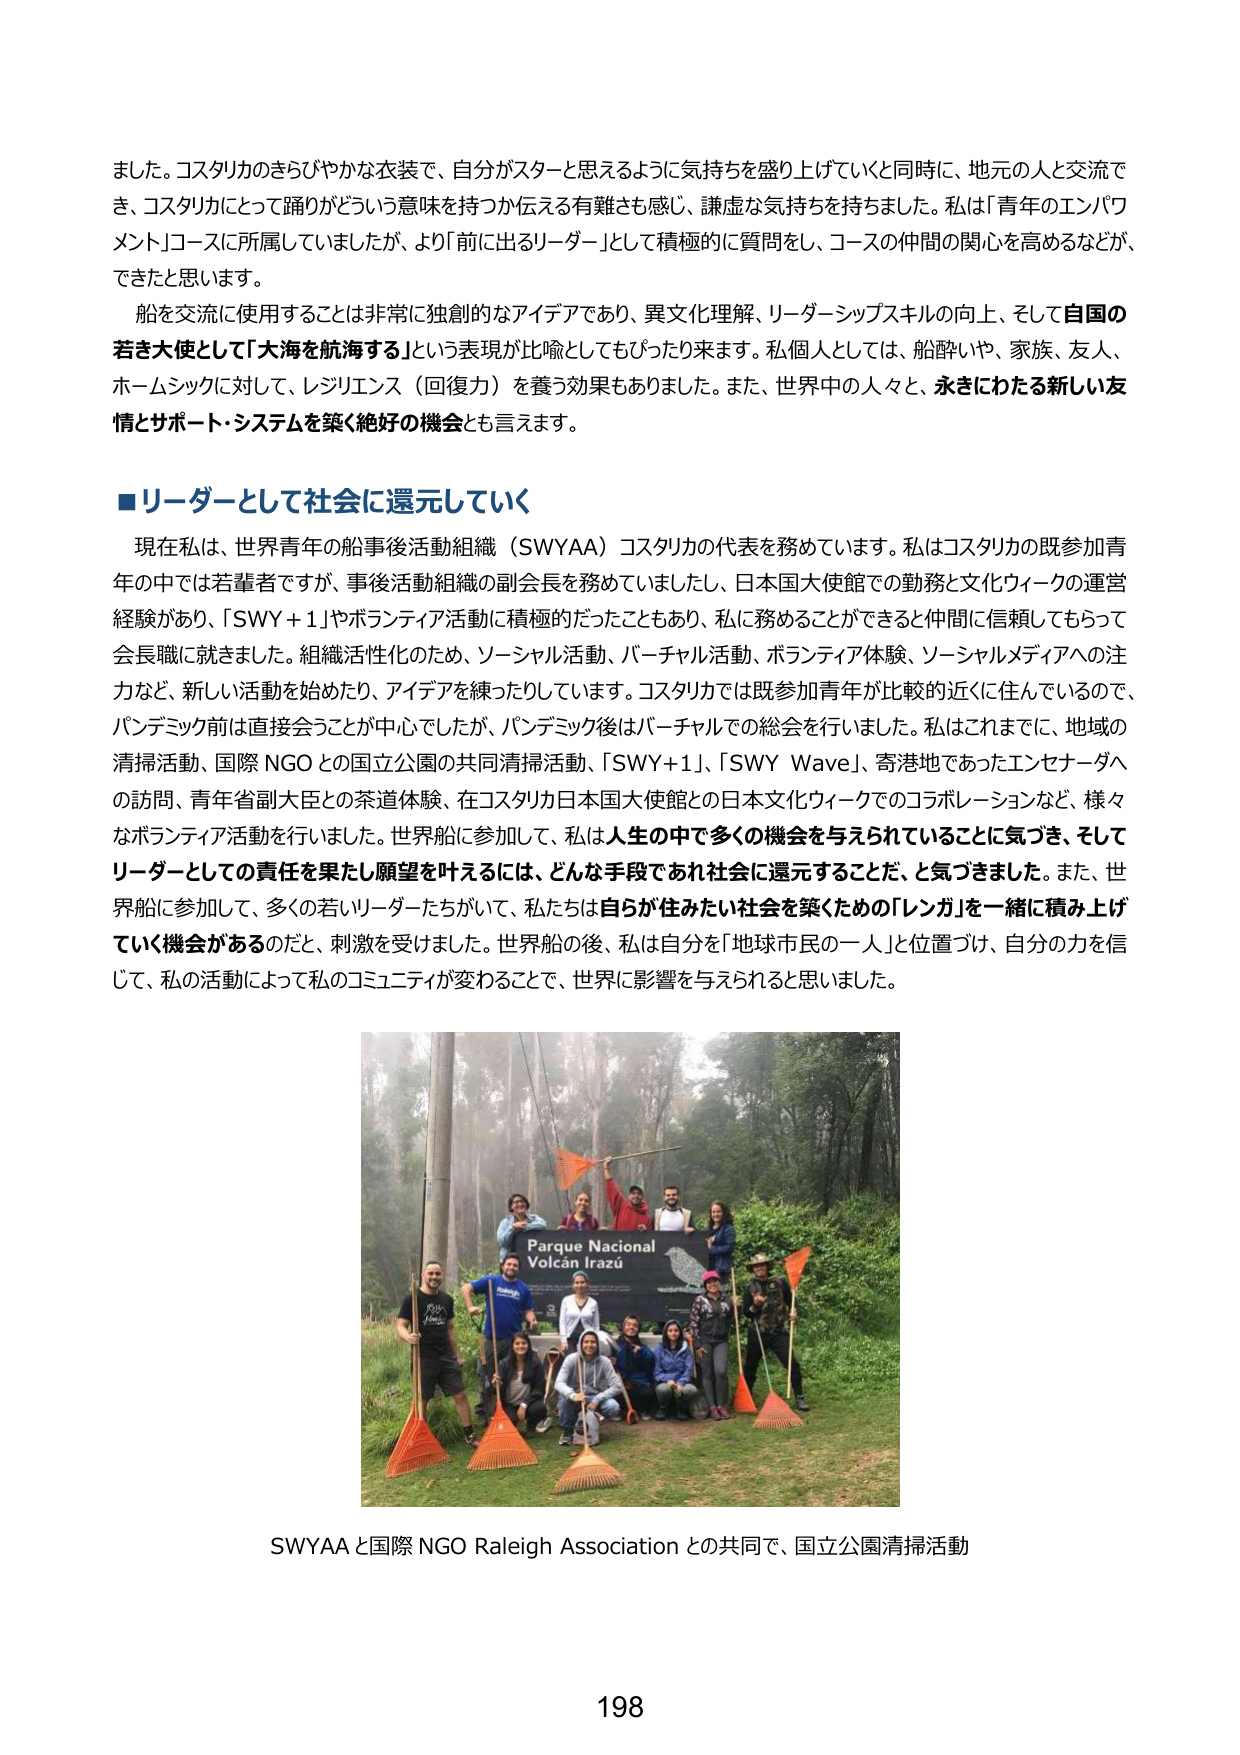
ました。コスタリカのきらびやかな衣装で、自分がスターと思えるように気持ちを盛り上げていくと同時に、地元の人と交流でき、コスタリカにとって誇りがどういう意味を持つか伝える有難さを感じ、謙虚な気持ちを持ちました。私は「青年のエンパワメント」コースに所属していましたが、より「前に出るリーダー」として積極的に質問をし、コースの仲間の関心を高めるなど、できたと思います。

船を交流に使用することは非常に独創的なアイデアであり、異文化理解、リーダーシップスキルの向上、そして自国の若き大使として「大海を航海する」という表現が比喩としてもぴったり来ます。私個人としては、船酔いや、家族、友人、ホームシックに対して、レジリエンス（回復力）を養う効果もありました。また、世界中の人々と、永きにわたる新しい友情とサポート・システムを築く絶好の機会とも言えます。

■リーダーとして社会に還元していく

現在私は、世界青年の船事後活動組織（SWYAA）コスタリカの代表を務めています。私はコスタリカの既参加青年の中では若輩者ですが、事後活動組織の副会長を務めていましたし、日本国大使館での勤務と文化ウィークの運営経験があり、「SWY+1」やボランティア活動に積極的だったこともあり、私に務めることができると仲間に信頼してもらって会長職に就きました。組織活性化のため、ソーシャル活動、バーチャル活動、ボランティア体験、ソーシャルメディアへの注力など、新しい活動を始めたり、アイデアを練ったりしています。コスタリカでは既参加青年が比較的近くに住んでいるので、パンデミック前は直接会うことが中心でしたが、パンデミック後はバーチャルでの総会を行いました。私はこれまでに、地域の清掃活動、国際NGOとの国立公園の共同清掃活動、「SWY+1」、「SWY Wave」、寄港地であったエンセーダへの訪問、青年省副大臣との茶道体験、在コスタリカ日本国大使館との日本文化ウィークでのコラボレーションなど、様々なボランティア活動を行いました。世界船に参加して、私は人生の中で多くの機会を与えられていることに気づき、そしてリーダーとしての責任を果たし願望を叶えるには、どんな手段であれ社会に還元することだ、と気づきました。また、世界船に参加して、多くの若いリーダーたちがいて、私たちは自分が住みたい社会を築くための「レンガ」を一緒に積み上げていく機会があるのだと、刺激を受けました。世界船の後、私は自分を「地球市民の一人」と位置づけ、自分の力を信じて、私の活動によって私のコミュニティが変わることで、世界に影響を与えられるとと思いました。

Parque Nacional
Volcán Irazú

SWYAAと国際NGO Raleigh Associationとの共同で、国立公園清掃活動

198